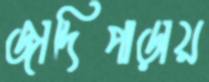
জাদিপাড়ায়